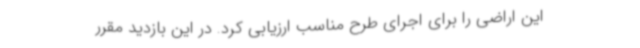
این اراضی را برای اجرای طرح مناسب ارزیابی کرد. در این بازدید مقرر